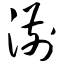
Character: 湔